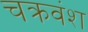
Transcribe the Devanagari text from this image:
चक्रवंश